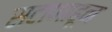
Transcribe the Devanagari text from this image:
सटाणाहून